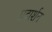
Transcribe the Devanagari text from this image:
प्रदार्शन